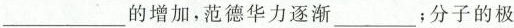
___的增加，范德华力逐渐___；分子的极